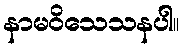
နာမဝိသေသနပါ။